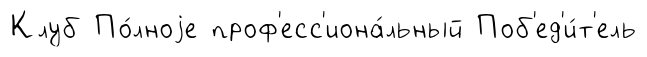
Клуб По́лноjе проф'есс'иона́льный Поб'ед'и́т'ель